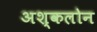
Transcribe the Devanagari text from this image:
अश्कलोन